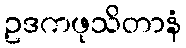
ဥဒကဖုသိတာနံ